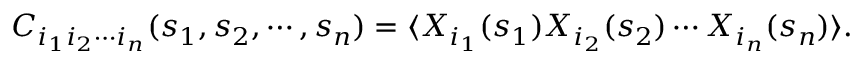
C _ { i _ { 1 } i _ { 2 } \cdots i _ { n } } ( s _ { 1 } , s _ { 2 } , \cdots , s _ { n } ) = \langle X _ { i _ { 1 } } ( s _ { 1 } ) X _ { i _ { 2 } } ( s _ { 2 } ) \cdots X _ { i _ { n } } ( s _ { n } ) \rangle .